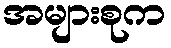
အများစုက